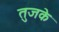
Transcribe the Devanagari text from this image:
तुजके